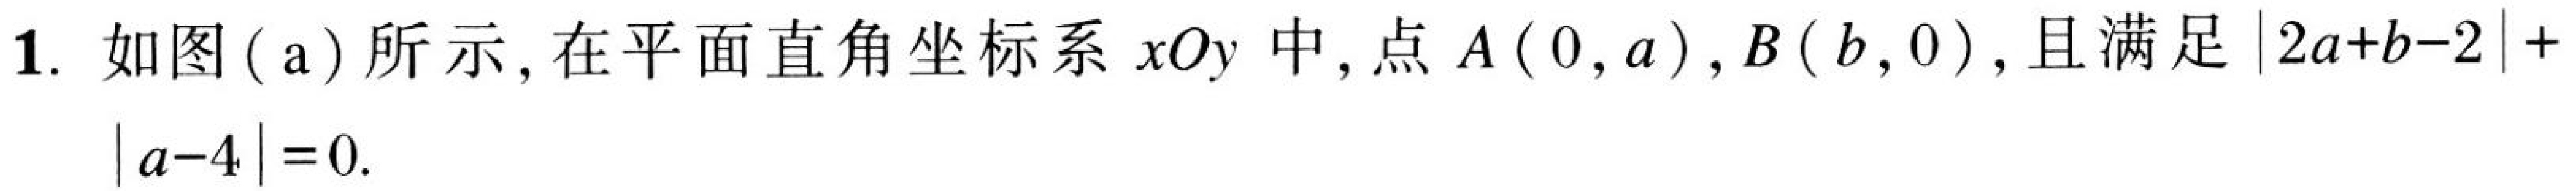
1. 如图(a)所示, 在平面直角坐标系\(xOy\)中, 点\(A(0,a)\), \(B(b,0)\), 且满足\(\vert 2a + b - 2\vert+\vert a - 4\vert = 0\).